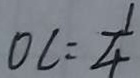
O C = \frac { 1 } { 4 }